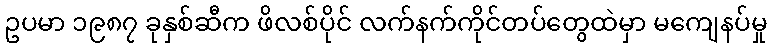
ဥပမာ ၁၉၈၇ ခုနှစ်ဆီက ဖိလစ်ပိုင် လက်နက်ကိုင်တပ်တွေထဲမှာ မကျေနပ်မှု